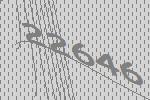
22646